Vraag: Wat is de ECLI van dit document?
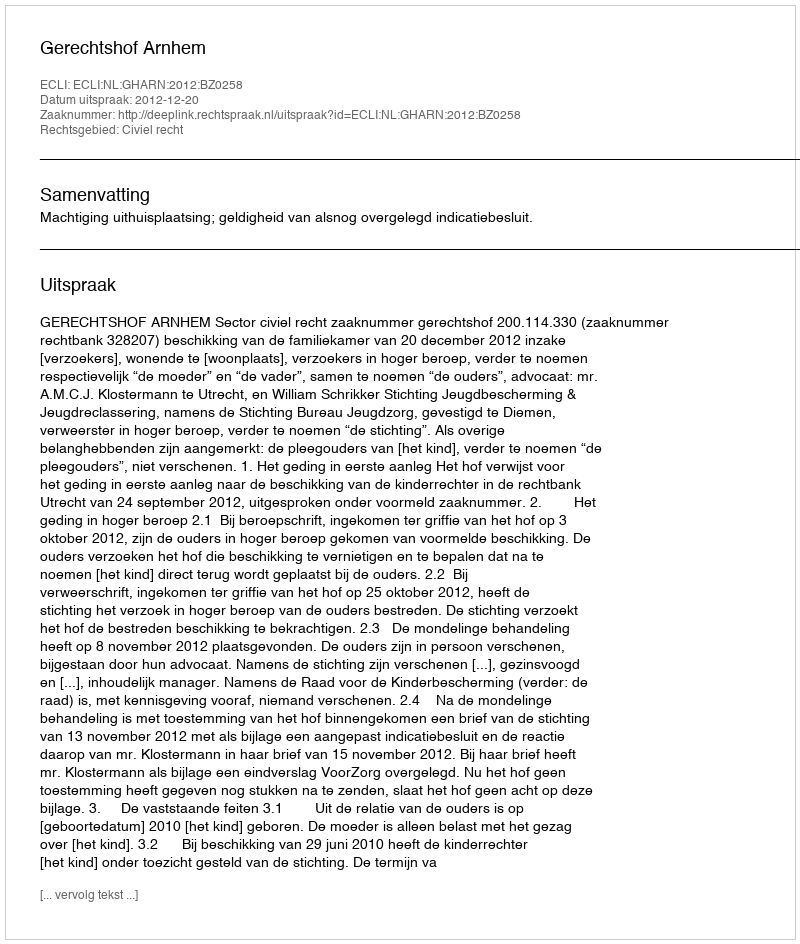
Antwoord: ECLI:NL:GHARN:2012:BZ0258